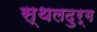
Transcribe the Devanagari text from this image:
स्थलदुर्ग